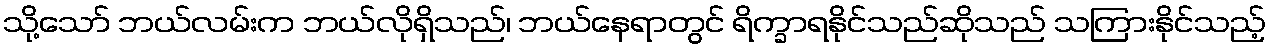
သို့သော် ဘယ်လမ်းက ဘယ်လိုရှိသည်၊ ဘယ်နေရာတွင် ရိက္ခာရနိုင်သည်ဆိုသည် သကြားနိုင်သည့်